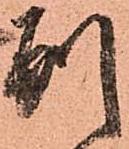
別